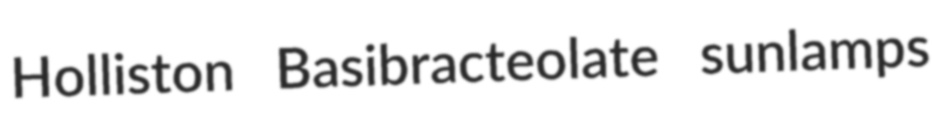
Holliston Basibracteolate sunlamps